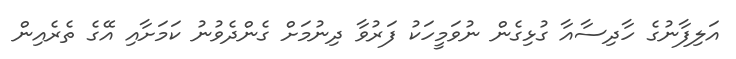
އަލިފާނުގެ ހާދިސާއާ ގުޅިގެން ނުވަމީހަކު ފަރުވާ ދިނުމަށް ގެންދެވުނު ކަމަށާއި އޭގެ ތެރެއިން